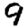
Digit: 9